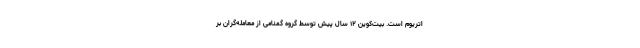
اتریوم است. بیت‌کوین ۱۲ سال پیش توسط گروه گمنامی از معامله‌گران بر